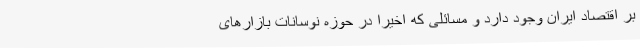
بر اقتصاد ایران وجود دارد و مسائلی که اخیراً در حوزه نوسانات بازارهای